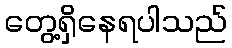
တွေ့ရှိနေရပါသည်